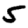
Digit: 5